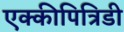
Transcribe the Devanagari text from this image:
एक्कीपित्रिडी